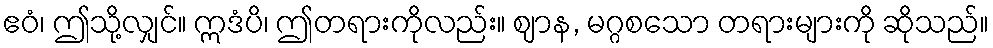
ဧဝံ၊ ဤသို့လျှင်။ ဣဒံပိ၊ ဤတရားကိုလည်း။ ဈာန, မဂ္ဂစသော တရားများကို ဆိုသည်။